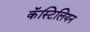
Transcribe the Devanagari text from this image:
कॅस्टिलियन